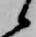
候